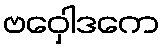
ဗဝှေါဒကေ